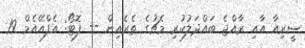
ސީރިއާ އާއި ރާއްޖެ ބައްދަލުކުރި މެޗުގެ ތެރެއިން -- ފޮޓޯ: އެފްއޭއެމް 19